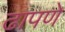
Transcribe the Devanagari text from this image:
ढापणे